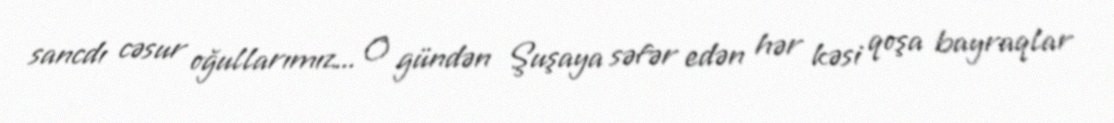
sancdı cəsur oğullarımız... O gündən Şuşaya səfər edən hər kəsi qoşa bayraqlar